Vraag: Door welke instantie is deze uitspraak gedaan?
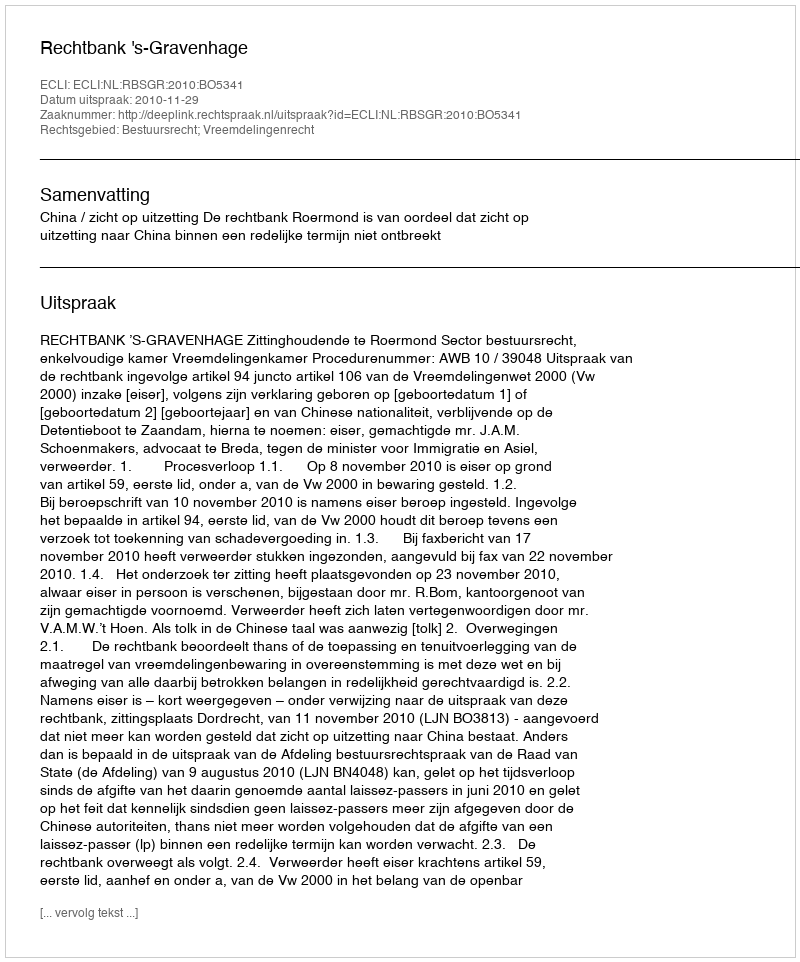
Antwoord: Rechtbank 's-Gravenhage